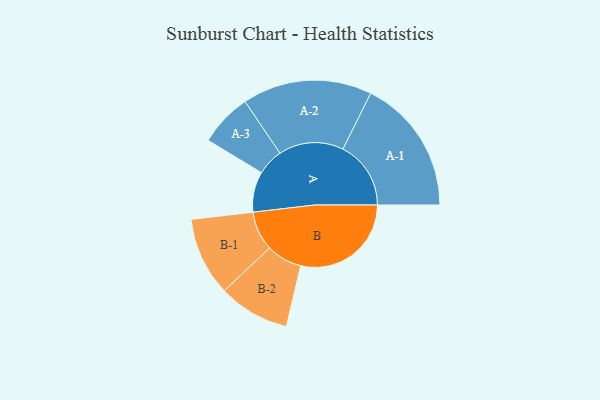
{"axis": {"x": "Segment", "y": "Value"}, "legend": ["", "A", "B"], "data": [{"x": "A", "y": 154, "type": ""}, {"x": "B", "y": 421, "type": ""}, {"x": "A-1", "y": 259, "type": "A"}, {"x": "A-2", "y": 247, "type": "A"}, {"x": "A-3", "y": 101, "type": "A"}, {"x": "B-1", "y": 150, "type": "B"}, {"x": "B-2", "y": 136, "type": "B"}]}